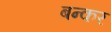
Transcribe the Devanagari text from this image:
बन्कर